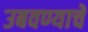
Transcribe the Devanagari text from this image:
उबवण्याचे